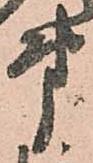
第